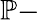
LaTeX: \mathbb{P}-